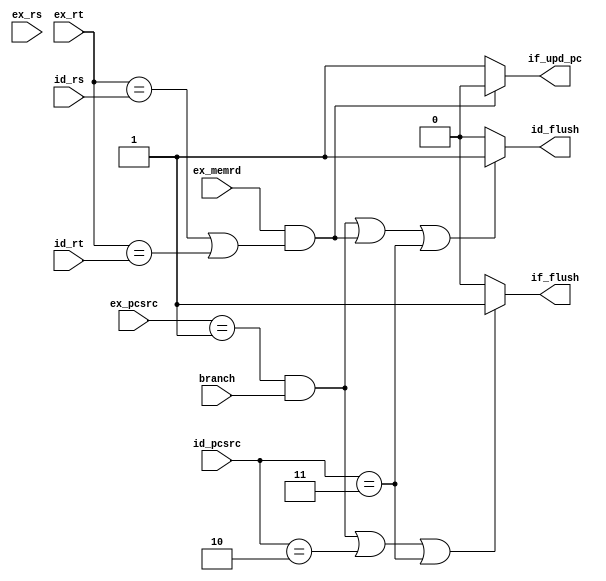
`timescale 1ns / 1ps
// branch success, stall: 2, flush: if_flush and id_flush, update PC
// load-use hazard, stall: 1, flush: id_flush
// jump, stall: 1, flush: if_flush (judge jump in ID), update PC
module Hazard(id_pcsrc,id_rs, id_rt, ex_pcsrc, ex_memrd, ex_rt, ex_rs, branch, if_flush, id_flush, if_upd_pc);
    input [4:0] id_rs; //id_rs: id_inst[25:21]
    input [4:0] id_rt; //id_rt: id_inst[20:16]
    input [4:0] ex_rs; //ex_rs: ex_inst[25:21]
    input [4:0] ex_rt; //ex_rt: ex_inst[20:16]
    input [2:0] id_pcsrc;
    input [2:0] ex_pcsrc;
    input ex_memrd;
    input branch; //ex_aluout[0]
    
    output if_flush;
    output id_flush;
    output if_upd_pc;
    
    assign if_flush = // IF/ID.flsuh
        ((ex_pcsrc == 3'd1 && branch) || (id_pcsrc == 3'd2) || (id_pcsrc == 3'd3))? 1'b1: //branch success and jump
        1'b0;
        
    assign id_flush = //ID/EX.flush
        ((ex_pcsrc == 3'd1 && branch) || (ex_memrd && ((ex_rt == id_rs) || (ex_rt == id_rt)))|| (id_pcsrc == 3'd3))? 1'b1: // branch success and load-use hazard
        1'b0;
    
    assign if_upd_pc = 
        (ex_memrd && ((ex_rt == id_rs) || (ex_rt == id_rt)))? 1'b0: // load-use hazard
        1'b1;
endmodule